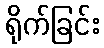
ရိုက်ခြင်း